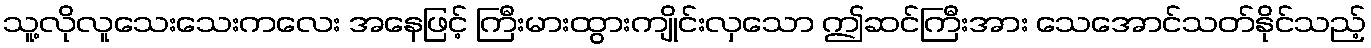
သူ့လိုလူသေးသေးကလေး အနေဖြင့် ကြီးမားထွားကျိုင်းလှသော ဤဆင်ကြီးအား သေအောင်သတ်နိုင်သည့်